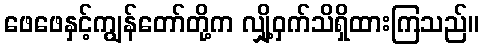
ဖေဖေနှင့်ကျွန်တော်တို့က လျှို့ဝှက်သိရှိထားကြသည်။